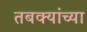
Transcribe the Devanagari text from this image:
तबक्यांच्या